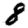
Digit: 8